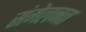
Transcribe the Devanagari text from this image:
संमेलनत